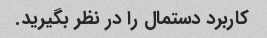
کاربرد دستمال را در نظر بگیرید.